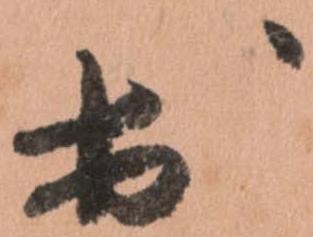
於